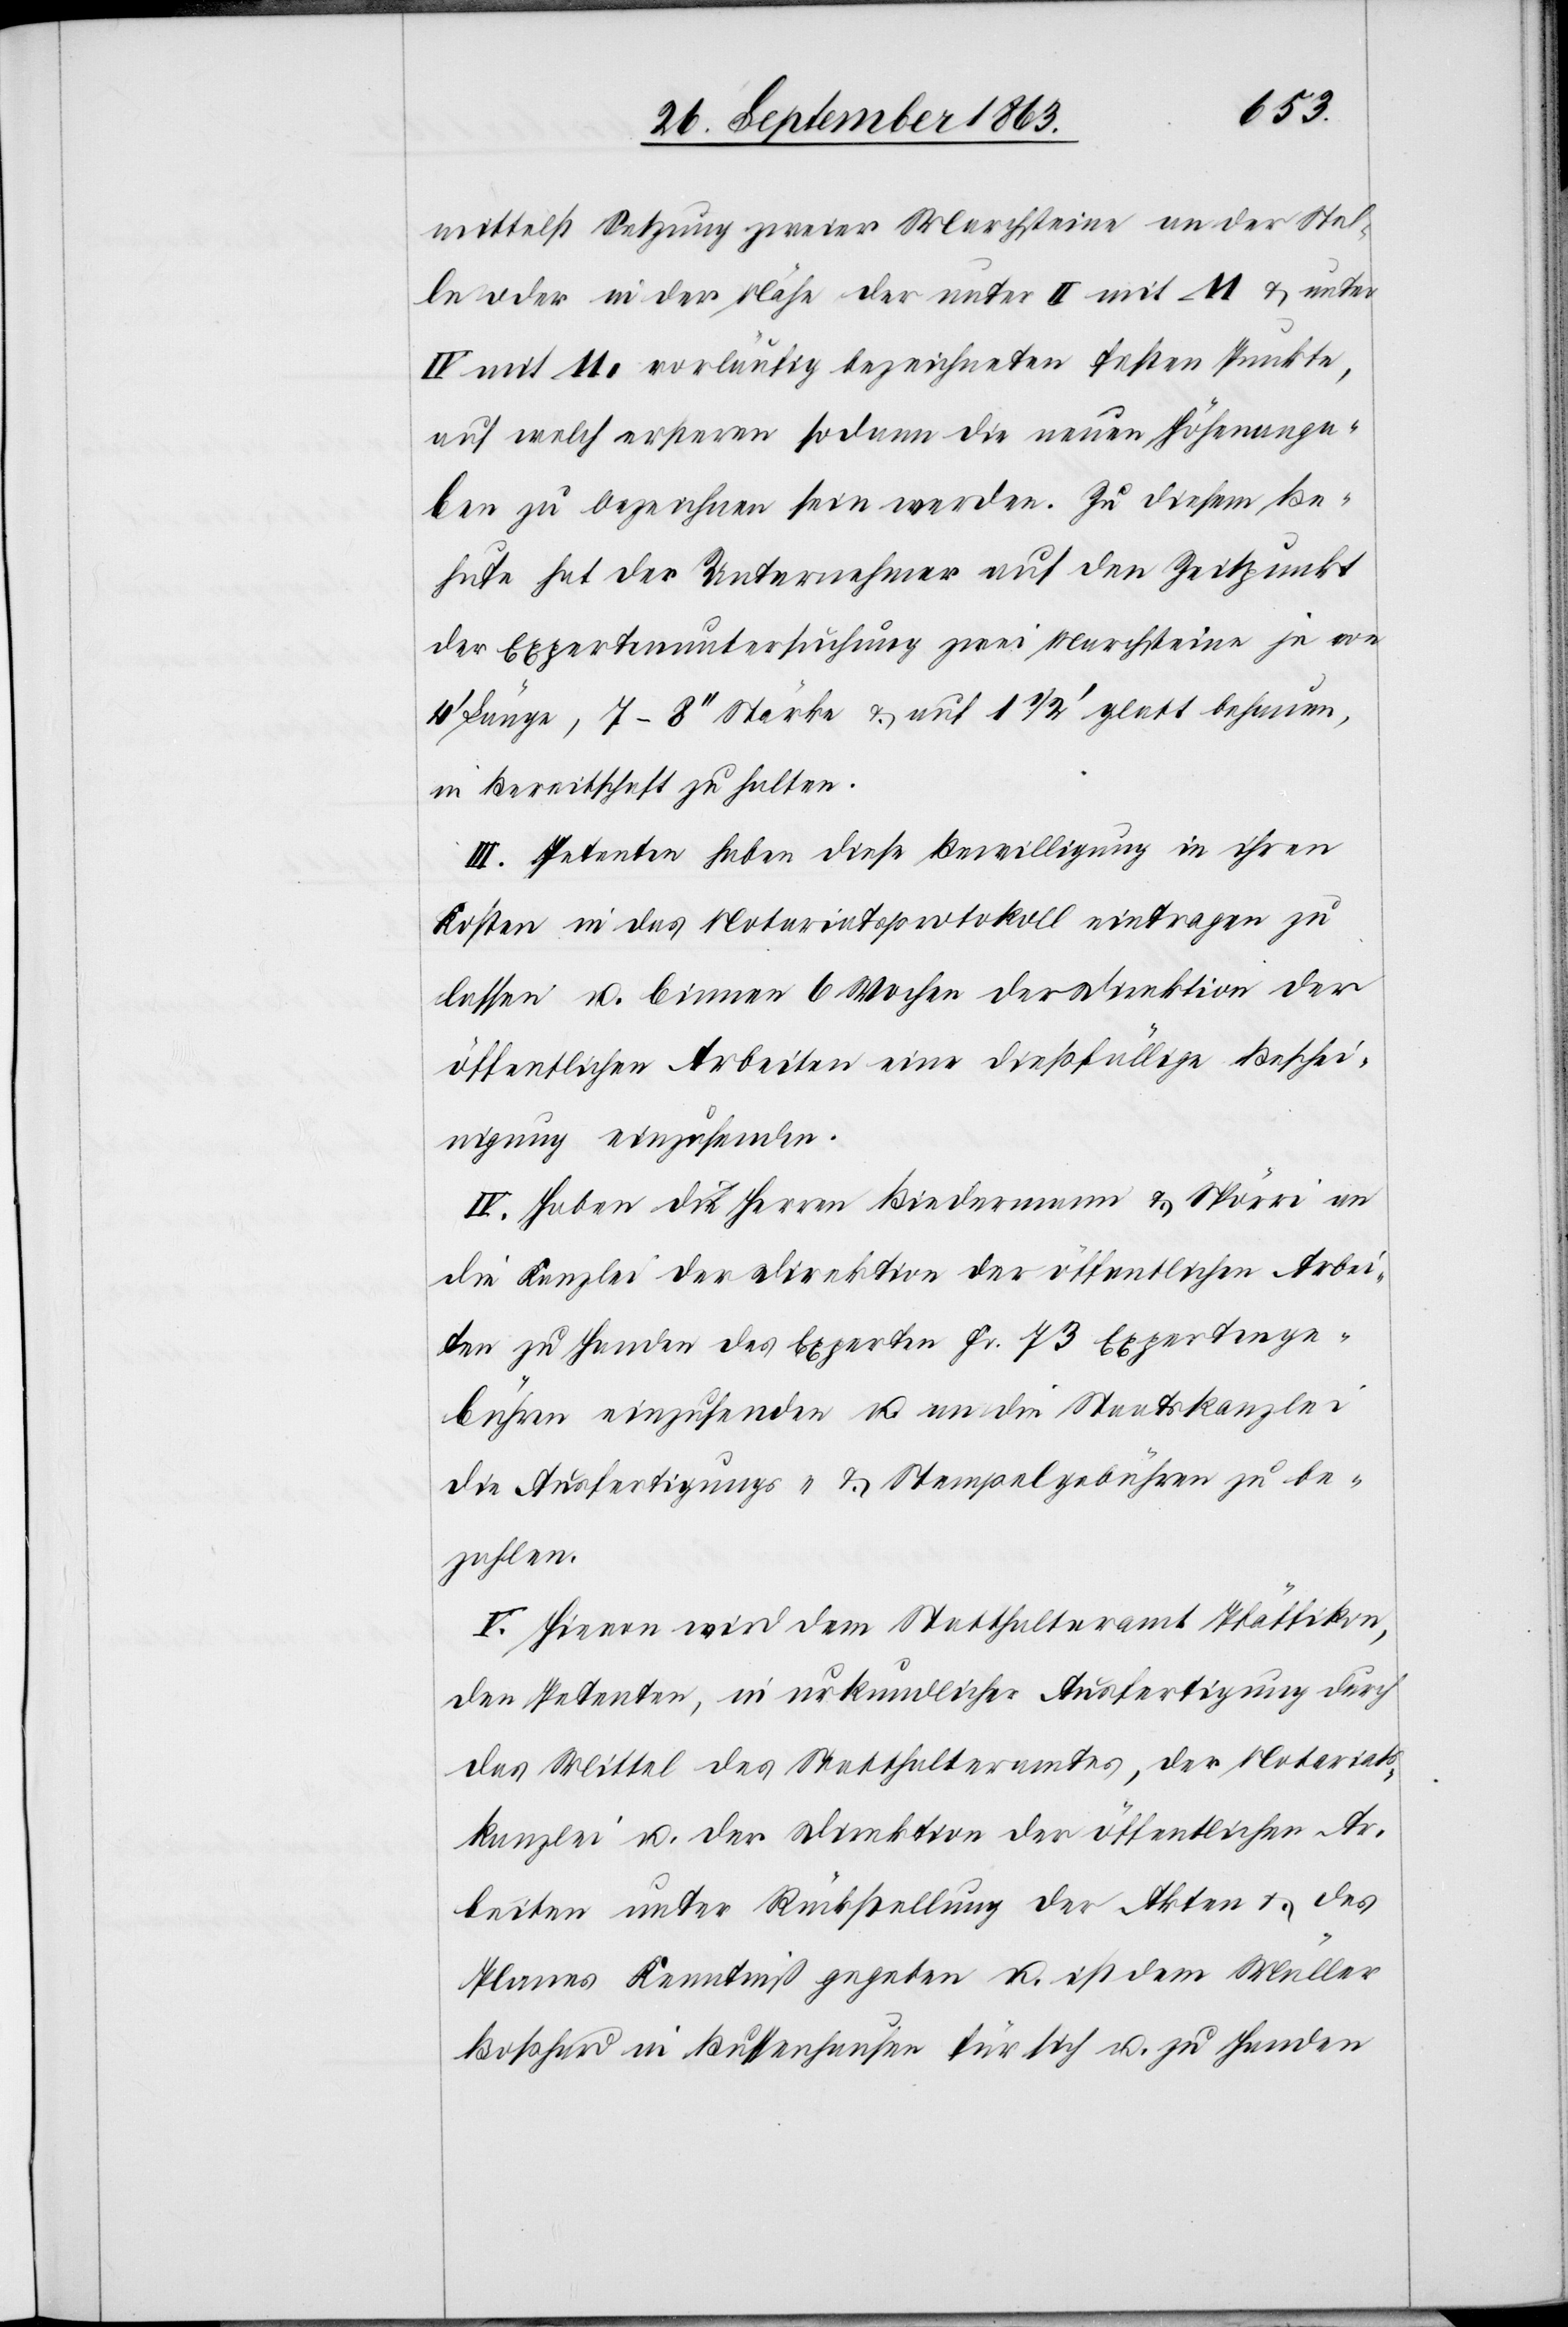
mittelst Setzung zweier Marchsteine an der Stel¬
le oder in der Nähe der unter II mit M & unter
IV mit M. vorläufig bezeichneten festen Punkte,
auf welch ersteren sodann die neuen Höhenanga¬
ben zu bezeichnen sein werden. Zu diesem Be¬
suche hat der Unternehmer auf den Zeitpunkt
der Expertenuntersuchung zwei Marchsteine je von
Länge, 7–8'' Stärke & auf 1 1/2' glatt behauen,
in Bereitschaft zu halten.
III. Petenten haben diese Bewilligung in ihren
Kosten in das Notariatsprotokoll eintragen zu
lassen u. binnen 6 Wochen der Direktion der
öffentlichen Arbeiten eine dießfällige Beschei¬
nigung einzusenden.
IV. Haben die Herren Biedermann & Spörri an
die Kanzlei der Direktion der öffentlichen Arbei¬
ten zu Handen des Experten Fr. 73 Expertenge¬
bühren einzusenden u. an die Staatskanzlei
die Ausfertigungs- & Stempelgebühren zu be¬
zahlen.
V. Hievon wird dem Statthalteramt Pfäffikon,
den Petenten, in urkundlicher Ausfertigung durch
das Mittel des Statthalteramtes, der Notariats¬
kanzlei u. der Direktion der öffentlichen Ar¬
beiten unter Rückstellung der Akten & des
Planes Kenntniß gegeben u. ist dem Müller
Boßhard in Bussenhausen für sich u. zu Handen